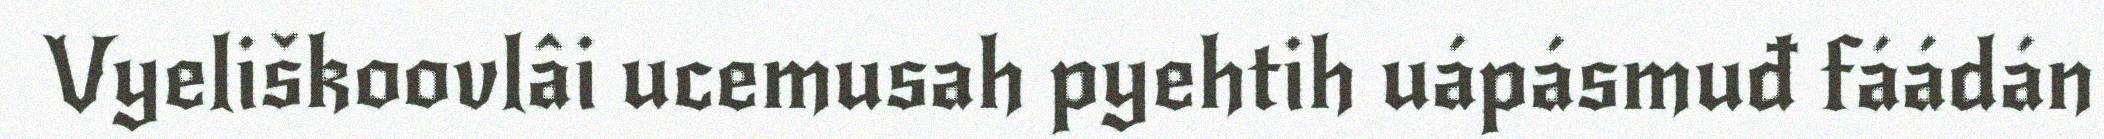
Vyeliškoovlâi ucemusah pyehtih uápásmuđ fáádán